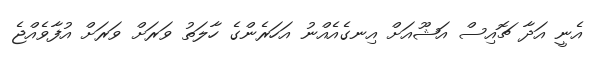
އެނީ އަދާ ޗޮއިސް އަޝޫއަށް އިނގެއެއްނު އަހަރެންގެ ހާލަތު ވަރަށް ވަރަށް އުފާވެއްޖެ